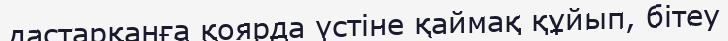
дастарқанға қоярда үстіне қаймақ құйып, бітеу